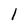
Character: l